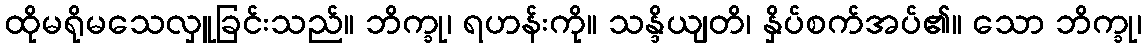
ထိုမရိုမသေလှူခြင်းသည်။ ဘိက္ခု၊ ရဟန်းကို။ သန္ဒိယျတိ၊ နှိပ်စက်အပ်၏။ သော ဘိက္ခု၊